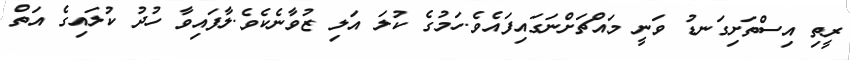
ރީތި އިސްތަށިގަނޑު ވަނީ މައްޗަށްނަގައިފައެވެ.ހަމުގެ ކުލަ އަލި ޒުވާނެކެވެ.ލާފައިވާ ހުދު ކުލައިގެ އަތް